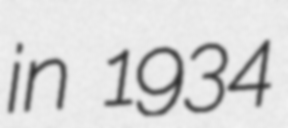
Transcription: in 1934